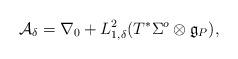
LaTeX: \begin{align*}\mathcal{A}_{\delta} = \nabla_0 + L^2_{1,\delta}(T^*\Sigma^o \otimes \mathfrak{g}_{P}),\end{align*}